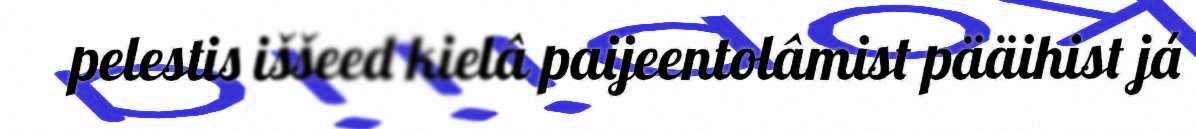
pelestis iššeed kielâ paijeentolâmist pääihist já